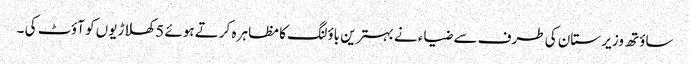
ساؤتھ وزیر ستان کی طرف سے ضیاء نے بہترین باؤلنگ کا مظاہر ہ کرتے ہوئے 5 کھلاڑیوں کو آؤٹ کی ۔